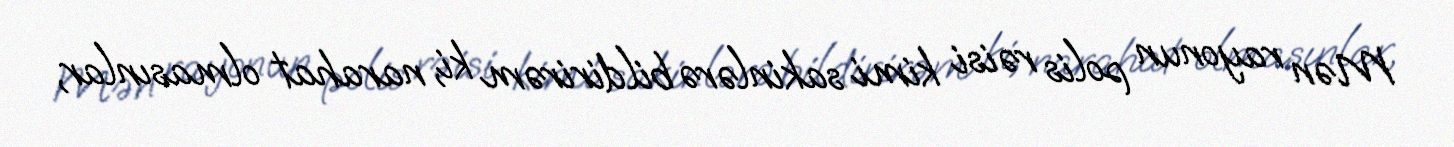
Mən rayonun polis rəisi kimi sakinlərə bildirirəm ki, narahat olmasınlar,